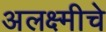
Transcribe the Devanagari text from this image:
अलक्ष्मीचे